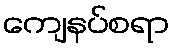
ကျေနပ်စရာ